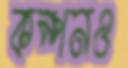
কম্পনও